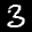
Label: 3